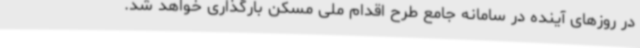
در روزهای آینده در سامانه جامع طرح اقدام ملی مسکن بارگذاری خواهد شد.